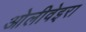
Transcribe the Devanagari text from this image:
ओलीवेइरा